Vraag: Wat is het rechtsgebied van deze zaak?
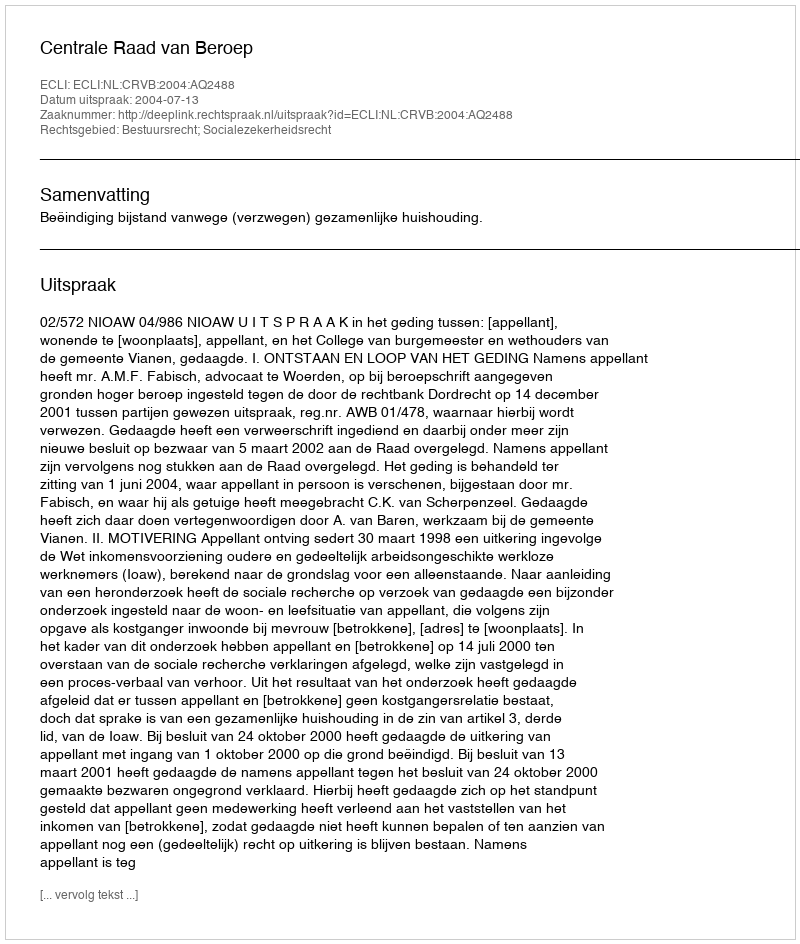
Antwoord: Bestuursrecht; Socialezekerheidsrecht